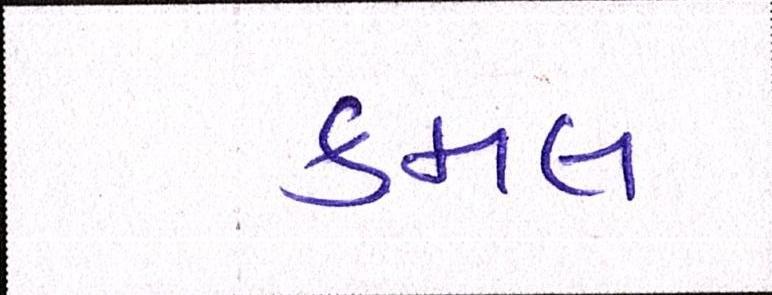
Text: કમલ